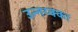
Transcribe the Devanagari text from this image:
उन्नय्क्का